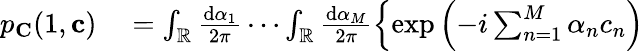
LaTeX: \begin{array}{rl}{p_{\mathbf{C}}(1,\mathbf{c})}&{{}=\int_{\mathbb{R}}\frac{\mathrm{d}\alpha_{1}}{2\pi}\cdots\int_{\mathbb{R}}\frac{\mathrm{d}\alpha_{M}}{2\pi}\left\{ \exp\left(-i\sum_{n=1}^{M}\alpha_{n}c_{n}\right)\right.}\end{array}